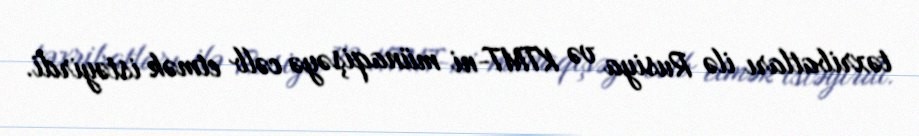
təxribatları ilə Rusiya və KTMT-ni münaqişəyə cəlb etmək istəyirdi.